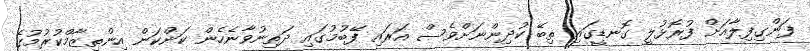
ފަންގިފިލާއަށް ފުރޮޅުލީ ގޮނޑީގައި ތިބޭ ކުދިންނަށްވެސް އަރައި ފޭބުމުގައި ދަތިނުވާނެހެން ކަންކަން އިންތިޒާމްކުރުމުގެ